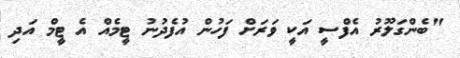
"ބެންގަލޫރު އެފްސީ އަކީ ވަރަށް ފަހުން އުފެދުނު ޓީމެއް އެ ޓީމް އަދި